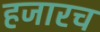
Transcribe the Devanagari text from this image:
हजारच